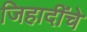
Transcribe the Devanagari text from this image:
जिहादींचे